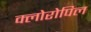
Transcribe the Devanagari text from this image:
क्लोरोपिल